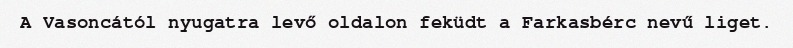
A Vasoncától nyugatra levő oldalon feküdt a Farkasbérc nevű liget.